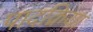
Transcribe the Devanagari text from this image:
पादक्रिया